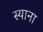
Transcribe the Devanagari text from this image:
स्‍याना